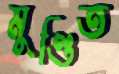
মুণ্ডিত